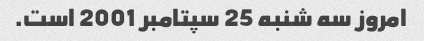
امروز سه شنبه 25 سپتامبر 2001 است.